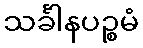
သင်္ခါနပဉ္စမံ